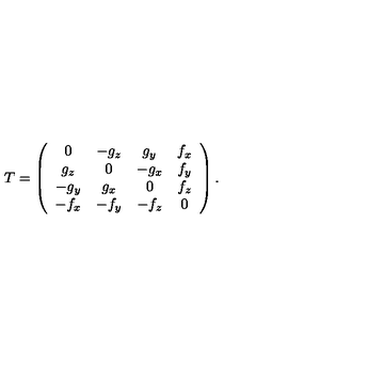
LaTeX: T = \left( \begin{array} { c c c c } { 0 } & { - g _ { z } } & { g _ { y } } & { f _ { x } } \\ { g _ { z } } & { 0 } & { - g _ { x } } & { f _ { y } } \\ { - g _ { y } } & { g _ { x } } & { 0 } & { f _ { z } } \\ { - f _ { x } } & { - f _ { y } } & { - f _ { z } } & { 0 } \\ \end{array} \right) .